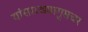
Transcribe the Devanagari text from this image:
यांसारख्यागुप्तचर